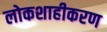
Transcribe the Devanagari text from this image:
लोकशाहीकरण